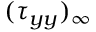
( \tau _ { y y } ) _ { \infty }